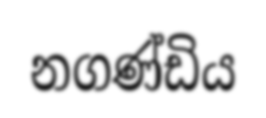
නගණ්ඩිය